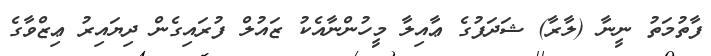
ފާތުމަތު ނީނާ (ލާރާ) ޝަދަފުގެ ޢާއިލާ މީހުންނާއެކު ޒައުލް ފުރައިގެން ދިޔައިރު ޢިޒްވާގެ